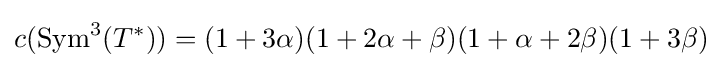
c({\text{Sym}}^{3}(T^{*}))=(1+3\alpha )(1+2\alpha +\beta )(1+\alpha +2\beta )(1+3\beta )